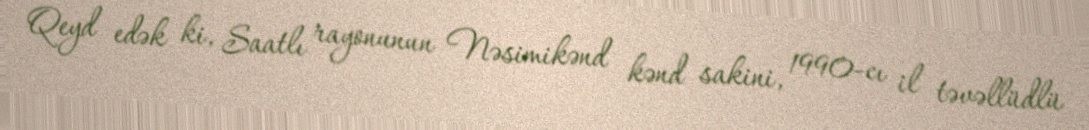
Qeyd edək ki, Saatlı rayonunun Nəsimikənd kənd sakini, 1990-cı il təvəllüdlü